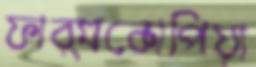
ফার্মকোপিয়া